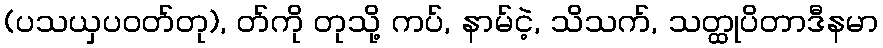
(ပသယှပဝတ်တု), တ်ကို တုသို့ ကပ်, နာမ်ငဲ့, သိသက်, သတ္ထုပိတာဒီနမာ